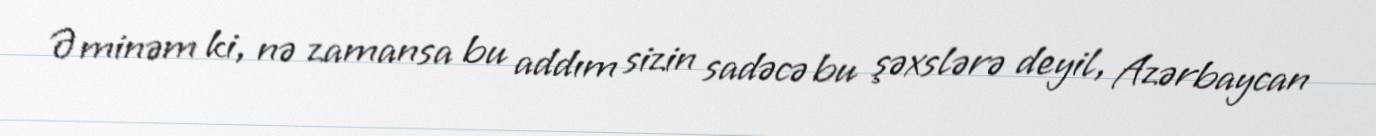
Əminəm ki, nə zamansa bu addım sizin sadəcə bu şəxslərə deyil, Azərbaycan